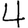
Digit: 4